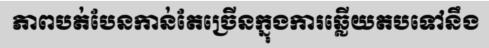
ភាពបត់បែនកាន់តែច្រើនក្នុងការឆ្លើយតបទៅនឹង